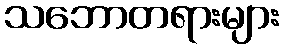
သဘောတရားများ